Lunatic asylums Central Provinces reports 1874-1885 - 1874-1885
Year: 1874
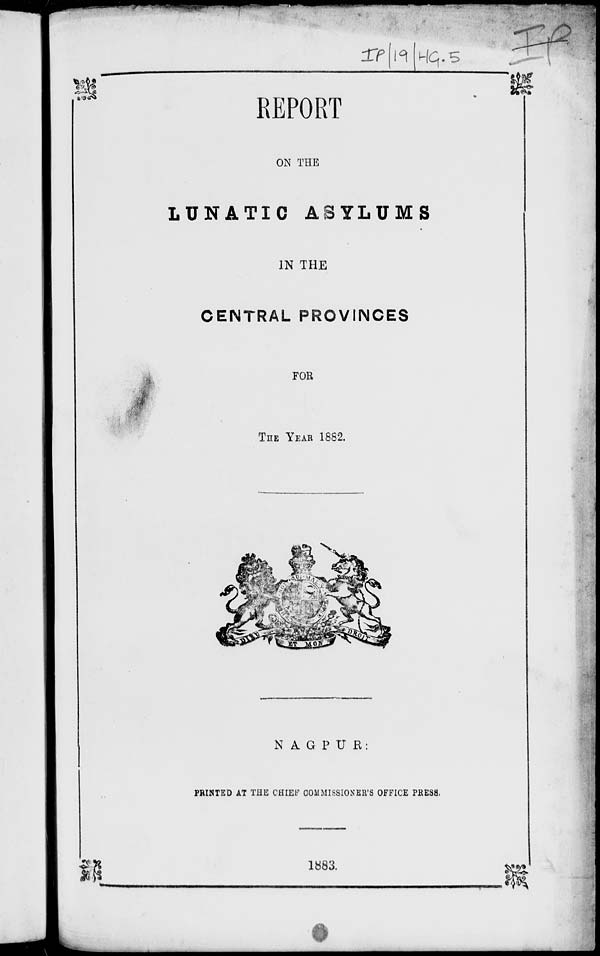
REPORT
ON THE
LUNATIC ASYLUMS
IN THE
CENTRAL PROVINCES
FOR
THE YEAR 1882.
NAGPUR :
PRINTED AT THE CHIEF COMMISSIONER'S OFFICE PRESS.
1883.